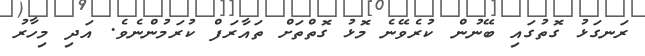
ރަނގަޅު ގޮތުގައި ބޭނުން ކުރެވޭނެ މޮޅު ގޮތްތަށް ތައާރަފް ކުރަމުންނެވެ. އަދި މިހާރު